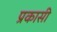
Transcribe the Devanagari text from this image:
प्रकासी